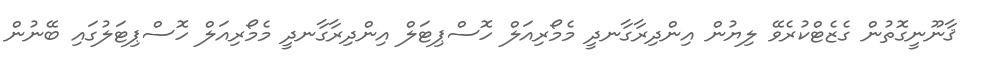
ޤާނޫނީގޮތުން ގެޒެޓްކުރެވޭ ލިޔުން އިންދިރާގާނދީ މެމޯރިއަލް ހޮސްޕިޓަލް އިންދިރާގާނދީ މެމޯރިއަލް ހޮސްޕިޓަލުގައި ބޭނުން